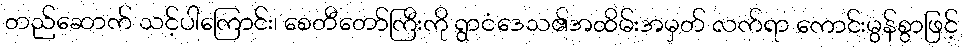
တည်ဆောက် သင့်ပါကြောင်း၊ စေတီတော်ကြီးကို ရွာငံဒေသ၏အထိမ်းအမှတ် လက်ရာ ကောင်းမွန်စွာဖြင့်